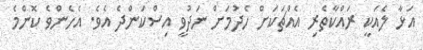
އަޅާ ލެއަކީ ރައްކާތެރި އެއްޗަކަށް ހެދުމަށް ނަދުވީ އިސްކަންދެ އެވެ. އެހެންވެ ކޮންމެ